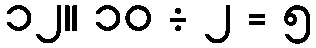
၁၂။ ၁၀ ÷ ၂ = ၅